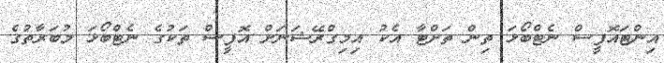
އިންޓައޮފީސް ނެޓްބޯޅަ ތިން ތަށްޓާ އެކު އިމިގްރޭޝަނަށް އޮފީސް ތަކުގެ ނެޓްބޯޅަ މުބަރާތުގެ